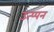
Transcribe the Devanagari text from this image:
उत्प्पन